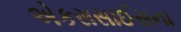
એકસસાઈસના